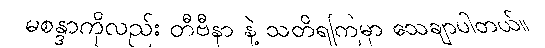
မစန္ဒာကိုလည်း တီဗီနာ နဲ့ သတိရကြမှာ သေချာပါတယ်။